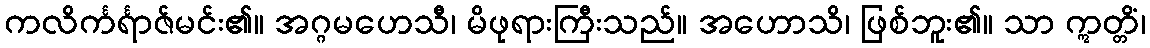
ကလိင်္ကင်္ရာဇ်မင်း၏။ အဂ္ဂမဟေသီ၊ မိဖုရားကြီးသည်။ အဟောသိ၊ ဖြစ်ဘူး၏။ သာ ဣတ္တိံ၊